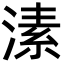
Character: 溸